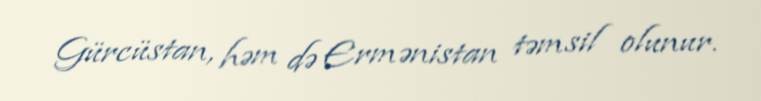
Gürcüstan, həm də Ermənistan təmsil olunur.